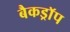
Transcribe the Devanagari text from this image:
बैकड्राॅप